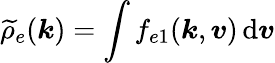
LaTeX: \widetilde{\rho}_{e}(\boldsymbol{k})=\int f_{e1}(\boldsymbol{k},\boldsymbol{v})\, \mathrm{d}\boldsymbol{v}